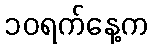
၁၀ရက်နေ့က